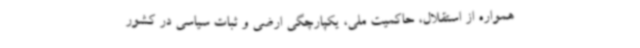
همواره از استقلال، حاکمیت ملی، یکپارچگی ارضی و ثبات سیاسی در کشور